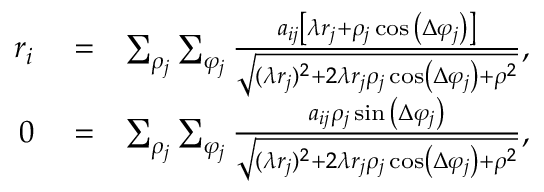
\begin{array} { r l r } { r _ { i } } & { { } = } & { \sum _ { \rho _ { j } } \sum _ { \varphi _ { j } } \frac { a _ { i j } \left[ \lambda r _ { j } + \rho _ { j } \cos { \left( \Delta \varphi _ { j } \right) } \right] } { \sqrt { ( \lambda r _ { j } ) ^ { 2 } + 2 \lambda r _ { j } \rho _ { j } \cos \left( \Delta \varphi _ { j } \right) + \rho ^ { 2 } } } , } \\ { 0 } & { { } = } & { \sum _ { \rho _ { j } } \sum _ { \varphi _ { j } } \frac { a _ { i j } \rho _ { j } \sin { \left( \Delta \varphi _ { j } \right) } } { \sqrt { ( \lambda r _ { j } ) ^ { 2 } + 2 \lambda r _ { j } \rho _ { j } \cos \left( \Delta \varphi _ { j } \right) + \rho ^ { 2 } } } , } \end{array}